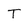
Character: T